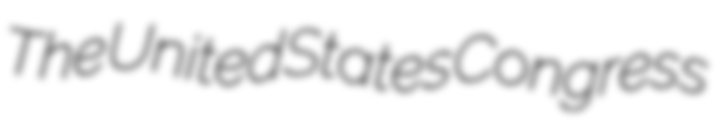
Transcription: The United States Congress